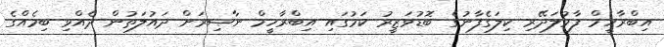
އިބްރާހީމް ފާމުލަދޭރި ކިލަގެފާނުގެ ބޮޑުވަޒީރު ކަމުގައި އިބްރާހީމް ނާޞިރަށް ދައުލަތުން ދެއްވި ބިމެއްގެ